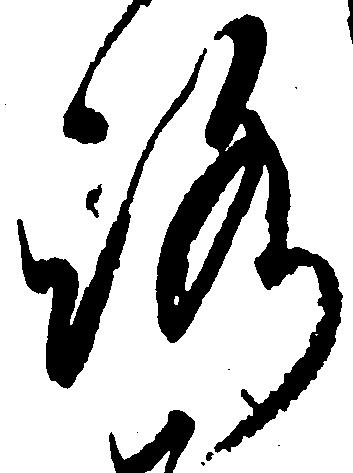
ろ